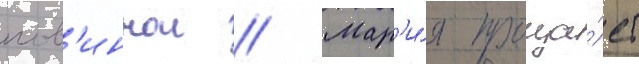
пов'иннои // Мар'и́я проща́ет